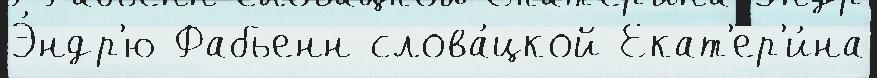
Э́ндр'ю Фабьенн слова́цкой Екат'ер'и́на